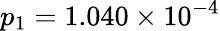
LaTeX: p_{1}=1.040\times 10^{-4}